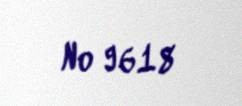
№ 9618